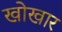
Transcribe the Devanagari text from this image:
खोखार